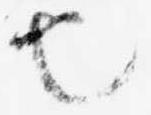
也